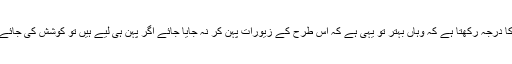
لیکن بازار میں تو یہ حکم کا درجہ رکھتا ہے کہ وہاں بہتر تو یہی ہے کہ اس طرح کے زیورات پہن کر نہ جایا جائے اگر پہن ہی لیے ہیں تو کوشش کی جائے کہ احتیاط سے چلا جائے۔